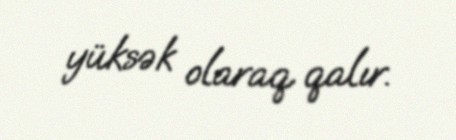
yüksək olaraq qalır.